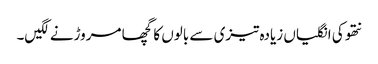
نتھو کی انگلیاں زیادہ تیزی سے بالوں کا گچھا مروڑنے لگیں۔